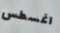
اغسطس